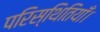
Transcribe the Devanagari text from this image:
परिस्थितियाँ।